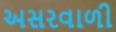
અસરવાળી